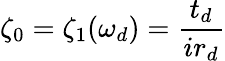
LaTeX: \zeta_{0}=\zeta_{1}(\omega_{d})=\frac{t_{d}}{ir_{d}}